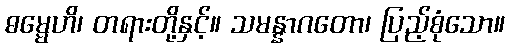
ဓမ္မေဟိ၊ တရားတို့နှင့်။ သမန္နာဂတော၊ ပြည့်စုံသော။